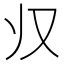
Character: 𱍷